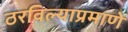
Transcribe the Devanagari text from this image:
ठरविल्याप्रमाणे